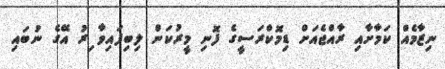
ނިޒާމެއް ކަމާށާއި ރާއްޖެއަށް ޑިމޮކްރަސީގެ ފޮނި މީރުކަން ލިބިފައިވާ ިރު އޭގެ ނުބައި